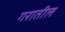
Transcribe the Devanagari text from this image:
गरातील